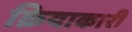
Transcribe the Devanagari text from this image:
क्रियाकारी